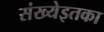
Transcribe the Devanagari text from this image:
संख्येइतका